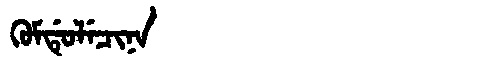
Manchu: ᡴᡠᠮᡩᡠᠯᡝᠴᡳᠨᠠ
Romanization: KUMDULECINA